Lunatic asylums Punjab 1881-1894 - 1881-1894
Year: 1881
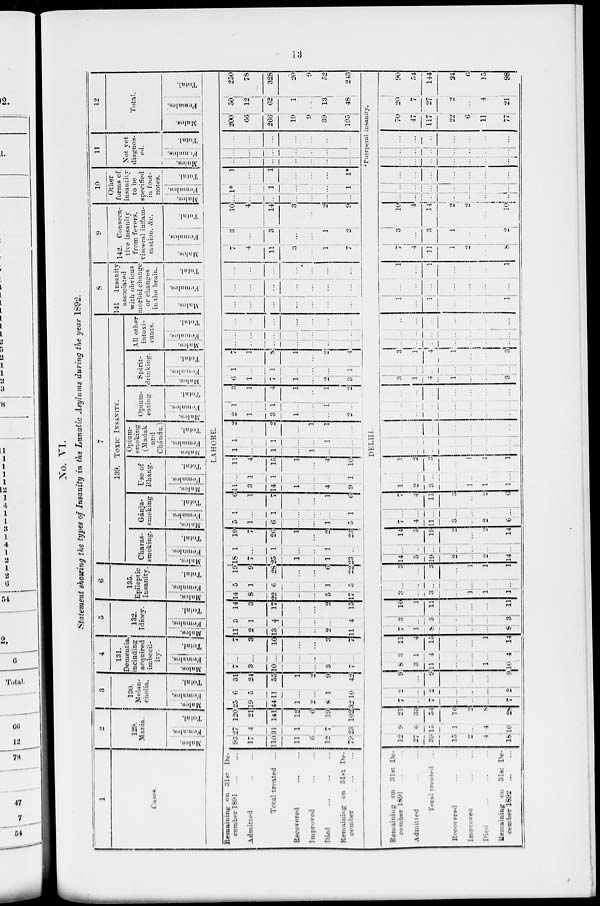
13
No. VI.
Statement showing the types of Insanity in the Lunatic Asylums during the year 1892.
1
Cases.
2
129.
Mania.
Males.
Females.
Total.
3
130.
Melan-
cholia.
Males.
Females.
Total.
4
131.
Dementia,
including
acquired
imbecil-
ity.
Males.
Females.
Total.
5
132.
Idiocy.
Males.
Females.
Total.
6
135.
Epileptic
Insanity.
Males.
Females.
Total.
7
139. Toxic Insanity.
Charas-
smoking.
Males.
Females.
Total.
Gánja-
smoking
Males.
Females.
Total.
Use of
Bhang.
Males.
Females.
Total.
Opium-
smoking
(Madak
and
Chándu.)
Males.
Females.
Total.
Opium-
eating.
Males.
Females.
Total.
Spirit-
drinking.
Males.
Females.
Total.
All other
intoxi-
cants.
Males.
Females.
Total.
8
141
Insanity
associated
with obvious
morbid change
or changes
in the brain.
Males.
Females.
Total.
9
142. Conseen-
tive insanity
from fevers.
visceral inriam-
mation. &c.
Males.
Females.
Total.
10
Other
forms of
insantity
to be
specified
in foot-
notes.
Males.
Females.
Total.
11
Not yet
diagnos-
ed.
Males.
Females.
Total.
12
Total.
Males.
Females.
Total.
LAHORE.
Remaining on 31st De-
cember 1891 ... ...
Admitted ... ...
Total treated ...
Recovered ... ...
Improved ... ...
Died
...
...
...
Remaining on 31st De-
cember ... ...
93
17
110
11
6
12
79
27
4
31
1
...
7
23
120
21
141
12 6
19
102
25
19
44
1
2
8
32
6
5
11
...
...
1
10
31
24
55
1
2
9
42
7
3
10
...
...
3
7
...
...
...
...
...
...
...
7
3
10
...
...
3
7
11
2
13
...
...
2
11
3
1
4
...
...
...
4
14
3
17
...
...
2
15
14
8
22
...
...
5
17
5
1
6
...
...
1
5
19
9
28
...
...
6
22
18
7
25
1
...
1
23
1
...
1
...
...
1
...
19
7
26
1
...
2
23
5
1
6
...
...
1
5
1
...
1
...
...
...
1
6
1
7
...
...
1
6
11
3
14
1
...
4
9
...
1
1
...
...
...
1
11
4
15
1
...
4
10
1
...
1
...
1
...
...
1
...
1
...
...
1
...
2
...
2
...
1
1
...
2
1
3
1
...
...
2
1
...
1
...
...
1
...
3
1
4
1
...
1
2
6
1
7
1
...
2
3
1
...
1
...
...
...
1
7
1
8
1
...
2
4
...
...
...
...
...
...
...
...
...
...
...
...
...
...
...
...
...
...
...
...
...
...
...
...
...
...
...
...
...
...
...
...
...
...
...
...
...
...
...
...
...
...
7
4
11
3
...
1
7
3
...
3
...
...
1
2
10
4
14
3
...
2
9
...
...
...
...
...
...
...
1
...
1
...
...
...
1
1
...
1
...
...
...
1
...
...
...
...
...
...
...
...
...
...
...
...
...
...
...
...
...
...
...
...
200
66
266
19
9
39
195
50
12
62
1
...
13
48
250
78
328
20
9
52
243
DELHI
Puerperal insanity.
Remaining on 3 1 s t De-
cember 1891 ... ...
Admitted ... ...
Total treated ..
Recovered ... ...
Improved ... ...
Diet ... ...
Remaining on 31st De-
cember 1892
...
...
12
27
39
15
2
4
18
9
6
15
1
...
4
10
21
33
54
16
2
...
28
7
...
7
...
...
...
7
2
...
2
...
...
...
2
9
...
9
...
...
...
9
8
3
11
...
...
1
10
3
1
4
...
...
...
4
11
4
15
...
...
1
14
7
1
8
...
...
...
8
3
...
3
...
...
...
3
10
1
11
...
...
...
11
3
...
3
...
1
1
1
...
...
...
...
...
...
...
3
...
3
...
1
1
1
14
5
19
2
...
2
14
...
...
...
...
...
...
...
14
5
19
2
...
2
14
7
4
11
3
...
2
6
...
...
...
...
...
...
...
7
4
11
3
...
2
6
1
2
3
...
1
1
1
...
...
...
...
...
...
...
1
2
3
...
1
1
1
...
...
...
...
...
...
...
...
...
...
...
...
...
...
...
...
...
...
...
...
...
...
...
...
...
...
...
...
...
...
...
...
...
...
...
...
...
...
...
...
...
...
3
1
4
1
...
...
3
...
...
...
...
...
...
...
3
1
4
1
...
...
3
...
...
...
...
...
...
...
...
...
...
...
...
...
...
...
...
...
...
...
...
...
1
...
1
...
...
...
1
...
...
...
...
...
...
...
1
...
1
...
...
...
1
7
4
11
1
2
...
8
3
...
3
1
...
...
2
10
4
14
2
2
...
10
...
...
...
...
...
...
...
...
...
...
...
...
...
...
...
...
...
...
...
...
...
...
...
...
...
...
...
...
...
...
...
...
...
...
...
...
...
...
...
...
...
...
70
47
117
22
6
11
77
20
7
27
2
...
4
21
90
54
144
24
6
15
98